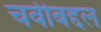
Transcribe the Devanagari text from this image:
चवीबद्दल